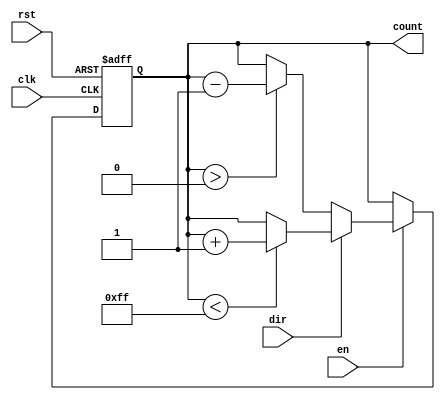
module parameterized_counter #(
    parameter WIDTH = 8,          // Width of the counter (number of bits)
    parameter UP = 1,             // Define counting direction: 1 for up, 0 for down
    parameter MAX_VALUE = (1 << WIDTH) - 1 // Maximum value for the counter
)(
    input clk,                    // Clock signal
    input rst,                    // Asynchronous reset
    input en,                     // Enable signal
    input dir,                    // Direction signal (1 for up, 0 for down)
    output reg [WIDTH-1:0] count  // Current count value
);

    always @(posedge clk or posedge rst) begin
        if (rst) begin
            count <= 0;           // Reset the counter to zero
        end else if (en) begin
            if (UP) begin
                // Count Up
                if (dir) begin
                    if (count < MAX_VALUE) begin
                        count <= count + 1; // Increment count
                    end
                end else begin
                    // Count Down
                    if (count > 0) begin
                        count <= count - 1; // Decrement count
                    end
                end
            end else begin
                // Count Down Only
                if (dir) begin
                    // Count Up
                    if (count < MAX_VALUE) begin
                        count <= count + 1; // Increment count
                    end
                end else begin
                    // Count Down
                    if (count > 0) begin
                        count <= count - 1; // Decrement count
                    end
                end
            end
        end
    end

endmodule